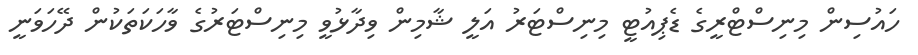
ހައުސިން މިނިސްޓްރީގެ ޑެޕިއުޓީ މިނިސްޓަރު އަލީ ޝާމިން ވިދާޅުވީ މިނިސްޓަރުގެ ވާހަކަތަކުން ދޭހަވަނީ